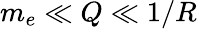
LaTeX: m_{e}\ll Q\ll 1/R